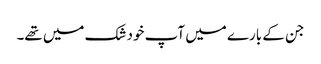
جن کے بارے میں آپ خود شک میں تھے۔